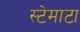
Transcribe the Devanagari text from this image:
स्टेमाटा